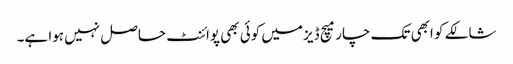
شالکے کو ابھی تک چار میچ ڈیز میں کوئی بھی پوائنٹ حاصل نہیں ہوا ہے۔